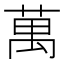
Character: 萬